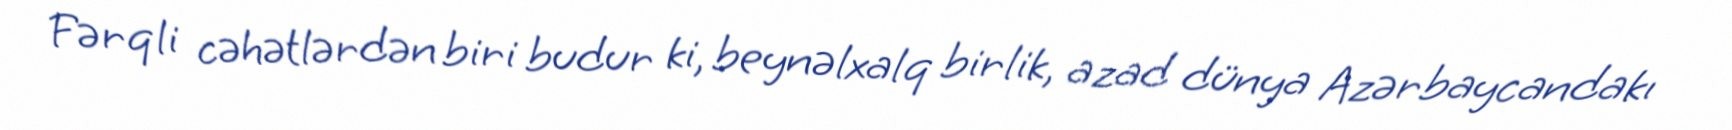
Fərqli cəhətlərdən biri budur ki, beynəlxalq birlik, azad dünya Azərbaycandakı